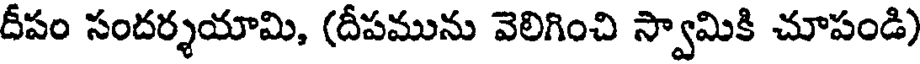
దీపం సందర్శయామి, (దీపమును వెలిగించి స్వామికి చూపండి)